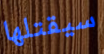
سيقتلها